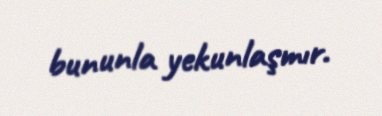
bununla yekunlaşmır.